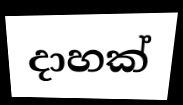
දාහක්